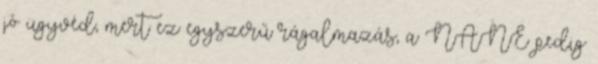
jó ügyvéd, mert ez egyszerű rágalmazás, a NANE pedig